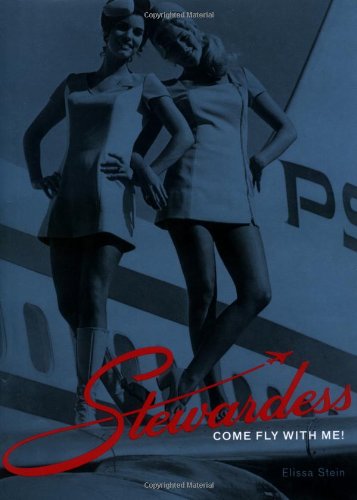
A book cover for Stewardess: Come Fly with Me!; Elissa Stein; Arts & Photography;